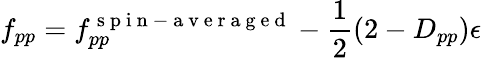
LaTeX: f_{pp}=f_{pp}^{\mathrm{~s~p~i~n~-~a~v~e~r~a~g~e~d~}}-\frac{1}{2}(2-D_{pp})\epsilon